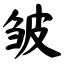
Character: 皱